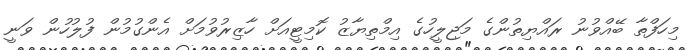
މިހަފްތާ ބޭއްވުނު ރައްޔިތުންގެ މަޖިލީހުގެ އިމްތިޔާޒު ކޮމިޓީއަށް ހާޒިރުވުމަށް އެންގުމުން ފުލުހުން ވަނީ